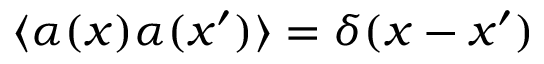
\langle \alpha ( x ) \alpha ( x ^ { \prime } ) \rangle = \delta ( x - x ^ { \prime } )